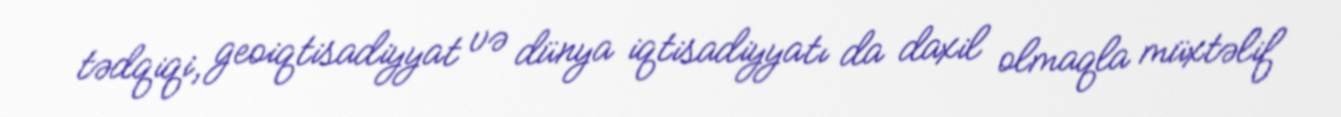
tədqiqi, geoiqtisadiyyat və dünya iqtisadiyyatı da daxil olmaqla müxtəlif